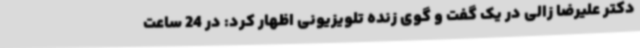
دکتر علیرضا زالی در یک گفت و گوی زنده تلویزیونی اظهار کرد: در 24 ساعت